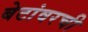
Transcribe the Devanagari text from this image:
बेटांवरची